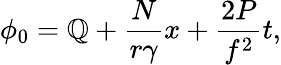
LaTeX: \phi_{0}=\mathbb{Q}+\frac{{N}}{{r{\gamma}}}x+{\frac{{2P}}{{f^{2}}}}t,